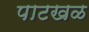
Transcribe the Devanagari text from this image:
पाटखळ